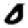
Digit: 0